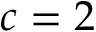
c = 2